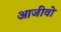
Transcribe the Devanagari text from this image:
आजीवो